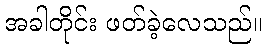
အခါတိုင်း ဖတ်ခဲ့လေသည်။